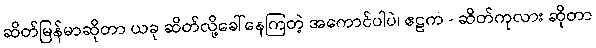
ဆိတ်မြန်မာဆိုတာ ယခု ဆိတ်လို့ခေါ်နေကြတဲ့ အကောင်ပါပဲ၊ ဧဠက - ဆိတ်ကုလား ဆိုတာ